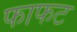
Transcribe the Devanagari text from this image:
फाफट